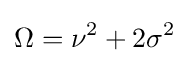
\Omega =\nu ^{2}+2\sigma ^{2}